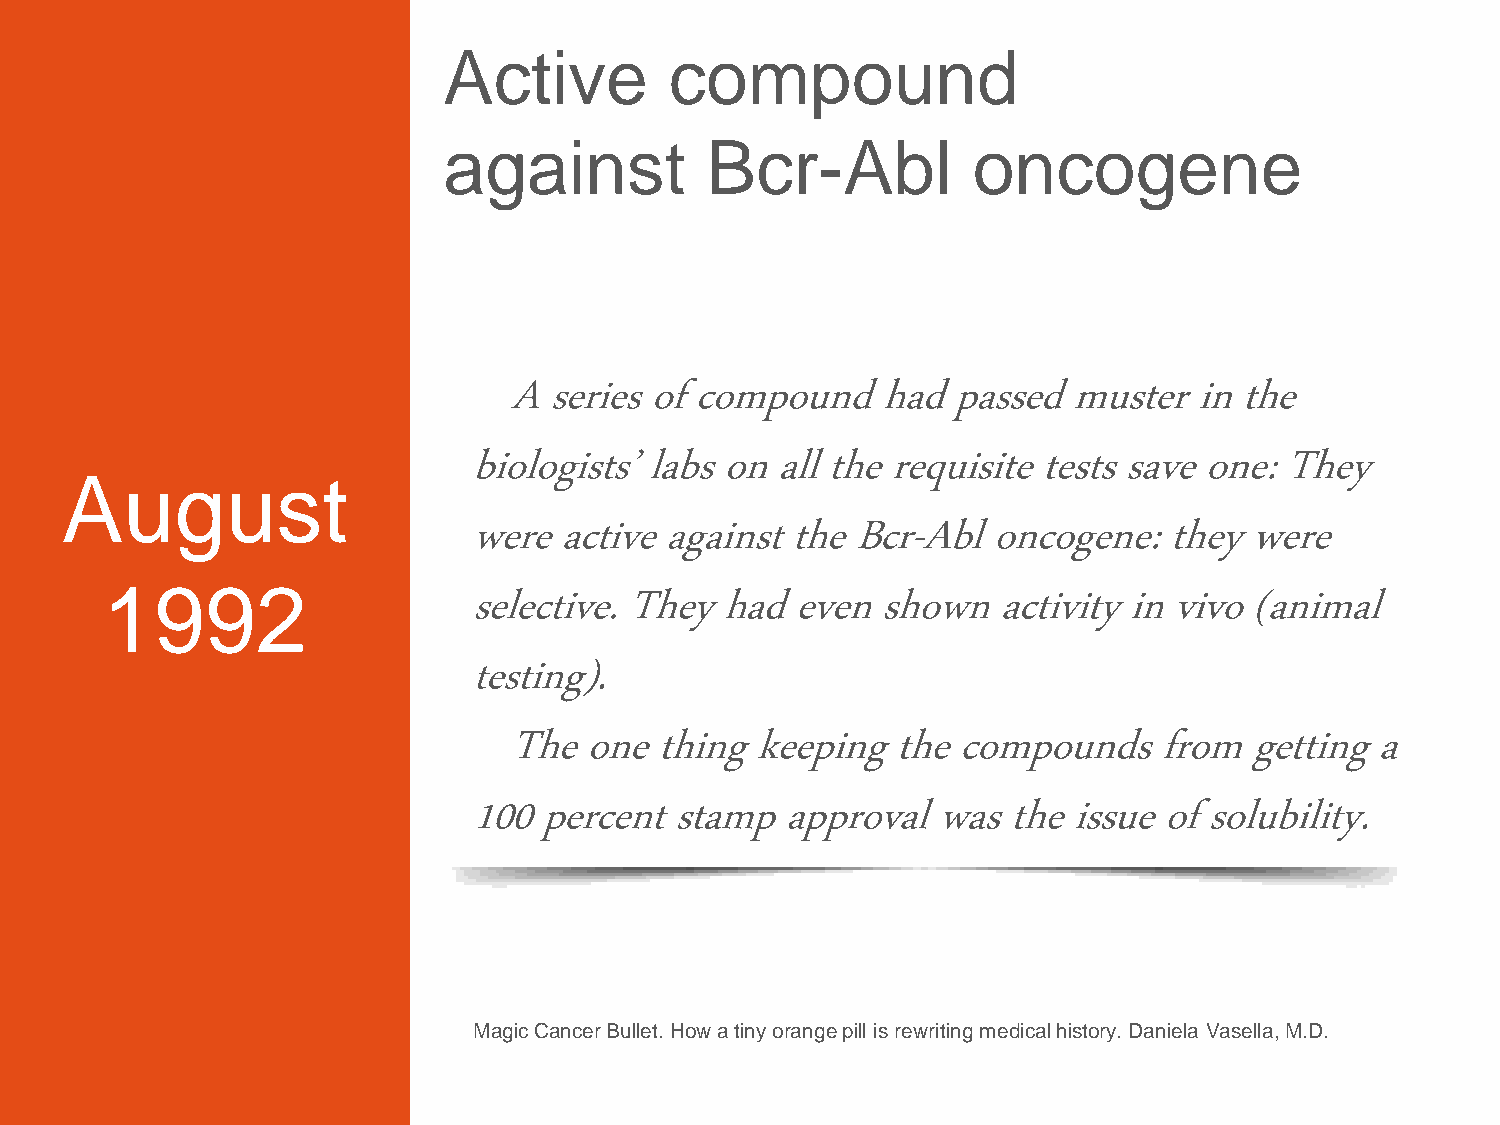
Active         compound
 against           Bcr-Abl          oncogene
 A  series of compound    had  passed  muster  in the
 biologists’ labs on all the requisite tests save one: They
 August
 were  active against the Bcr-Abl  oncogene:   they  were
 1992                    selective. They had  even  shown   activity in vivo (animal
 testing).
 The  one  thing  keeping  the compounds     from  getting a
 100  percent stamp   approval  was the  issue of solubility.
 Magic Cancer Bullet. How a tiny orange pill is rewriting medical history. Daniela Vasella, M.D.
 5